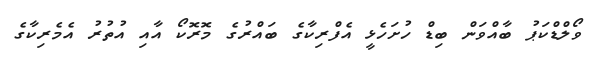
ވޯލްޑްކަޕު ބާއްވަން ބިޑް ހުށަހެޅީ އެފްރިކާގެ ބައްރުގެ މޮރޮކޯ އާއި އުތުރު އެމެރިކާގެ